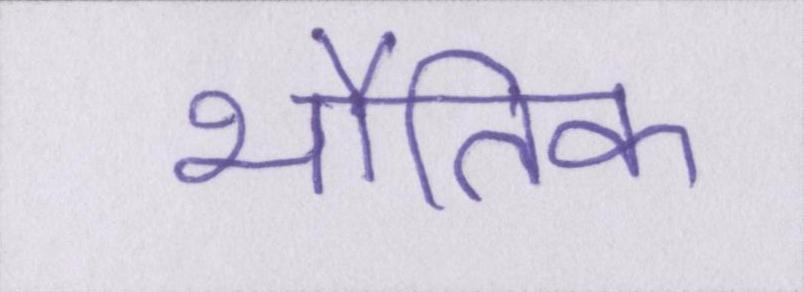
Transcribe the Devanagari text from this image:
भौतिक